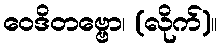
ဝေဒိတဗ္ဗော၊ (လိုက်)။